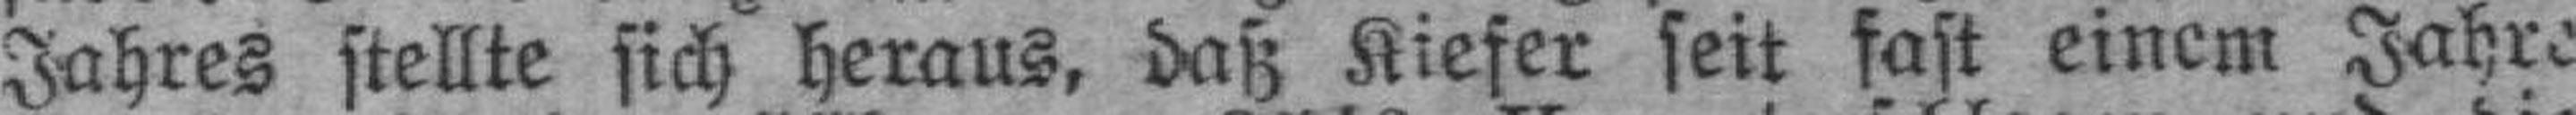
Jahres stellte sich heraus, daß Kiefer seit fast einem Jahre